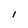
Character: I